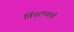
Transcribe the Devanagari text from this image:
विंचरण्याची